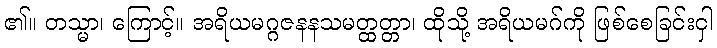
၏။ တသ္မာ၊ ကြောင့်။ အရိယမဂ္ဂဇနနသမတ္ထတ္တာ၊ ထိုသို့ အရိယမဂ်ကို ဖြစ်စေခြင်းငှါ